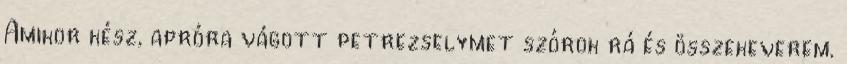
Amikor kész, apróra vágott petrezselymet szórok rá és összekeverem.